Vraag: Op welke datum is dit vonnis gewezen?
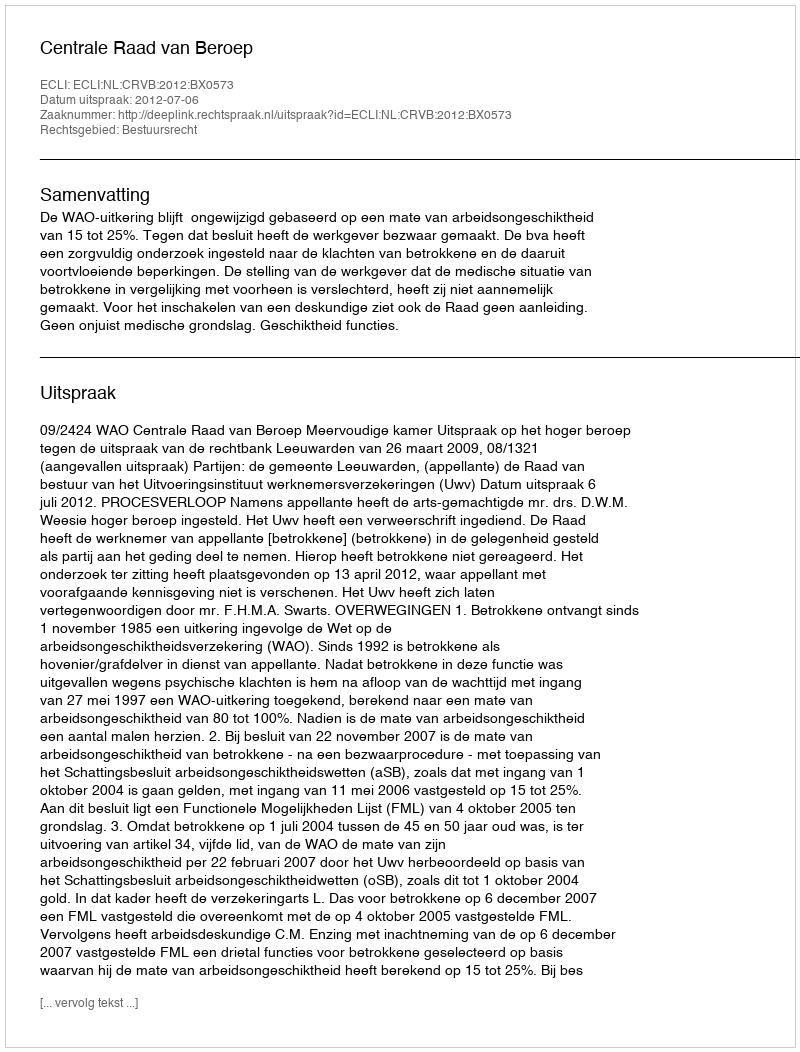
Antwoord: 2012-07-06